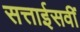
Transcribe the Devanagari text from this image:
सत्ताईसवीं